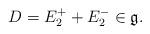
LaTeX: \begin{align*}D=E_2^++E_2^-\in \mathfrak g.\end{align*}